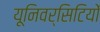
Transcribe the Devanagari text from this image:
यूनिवर्सिटियों